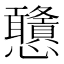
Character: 𢦀